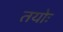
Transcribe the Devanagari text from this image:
तयोः